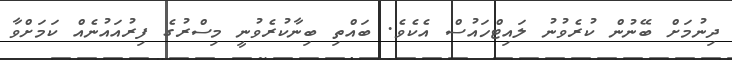
ދިނުމަށް ބޭނުން ކުރެވުނު ލައިޓްހައުސް އެކެވެ. ބައްތި ބިނާކުރެވުނީ މިސްރުގެ ފިރުއައުނެއް ކަމަށްވާ